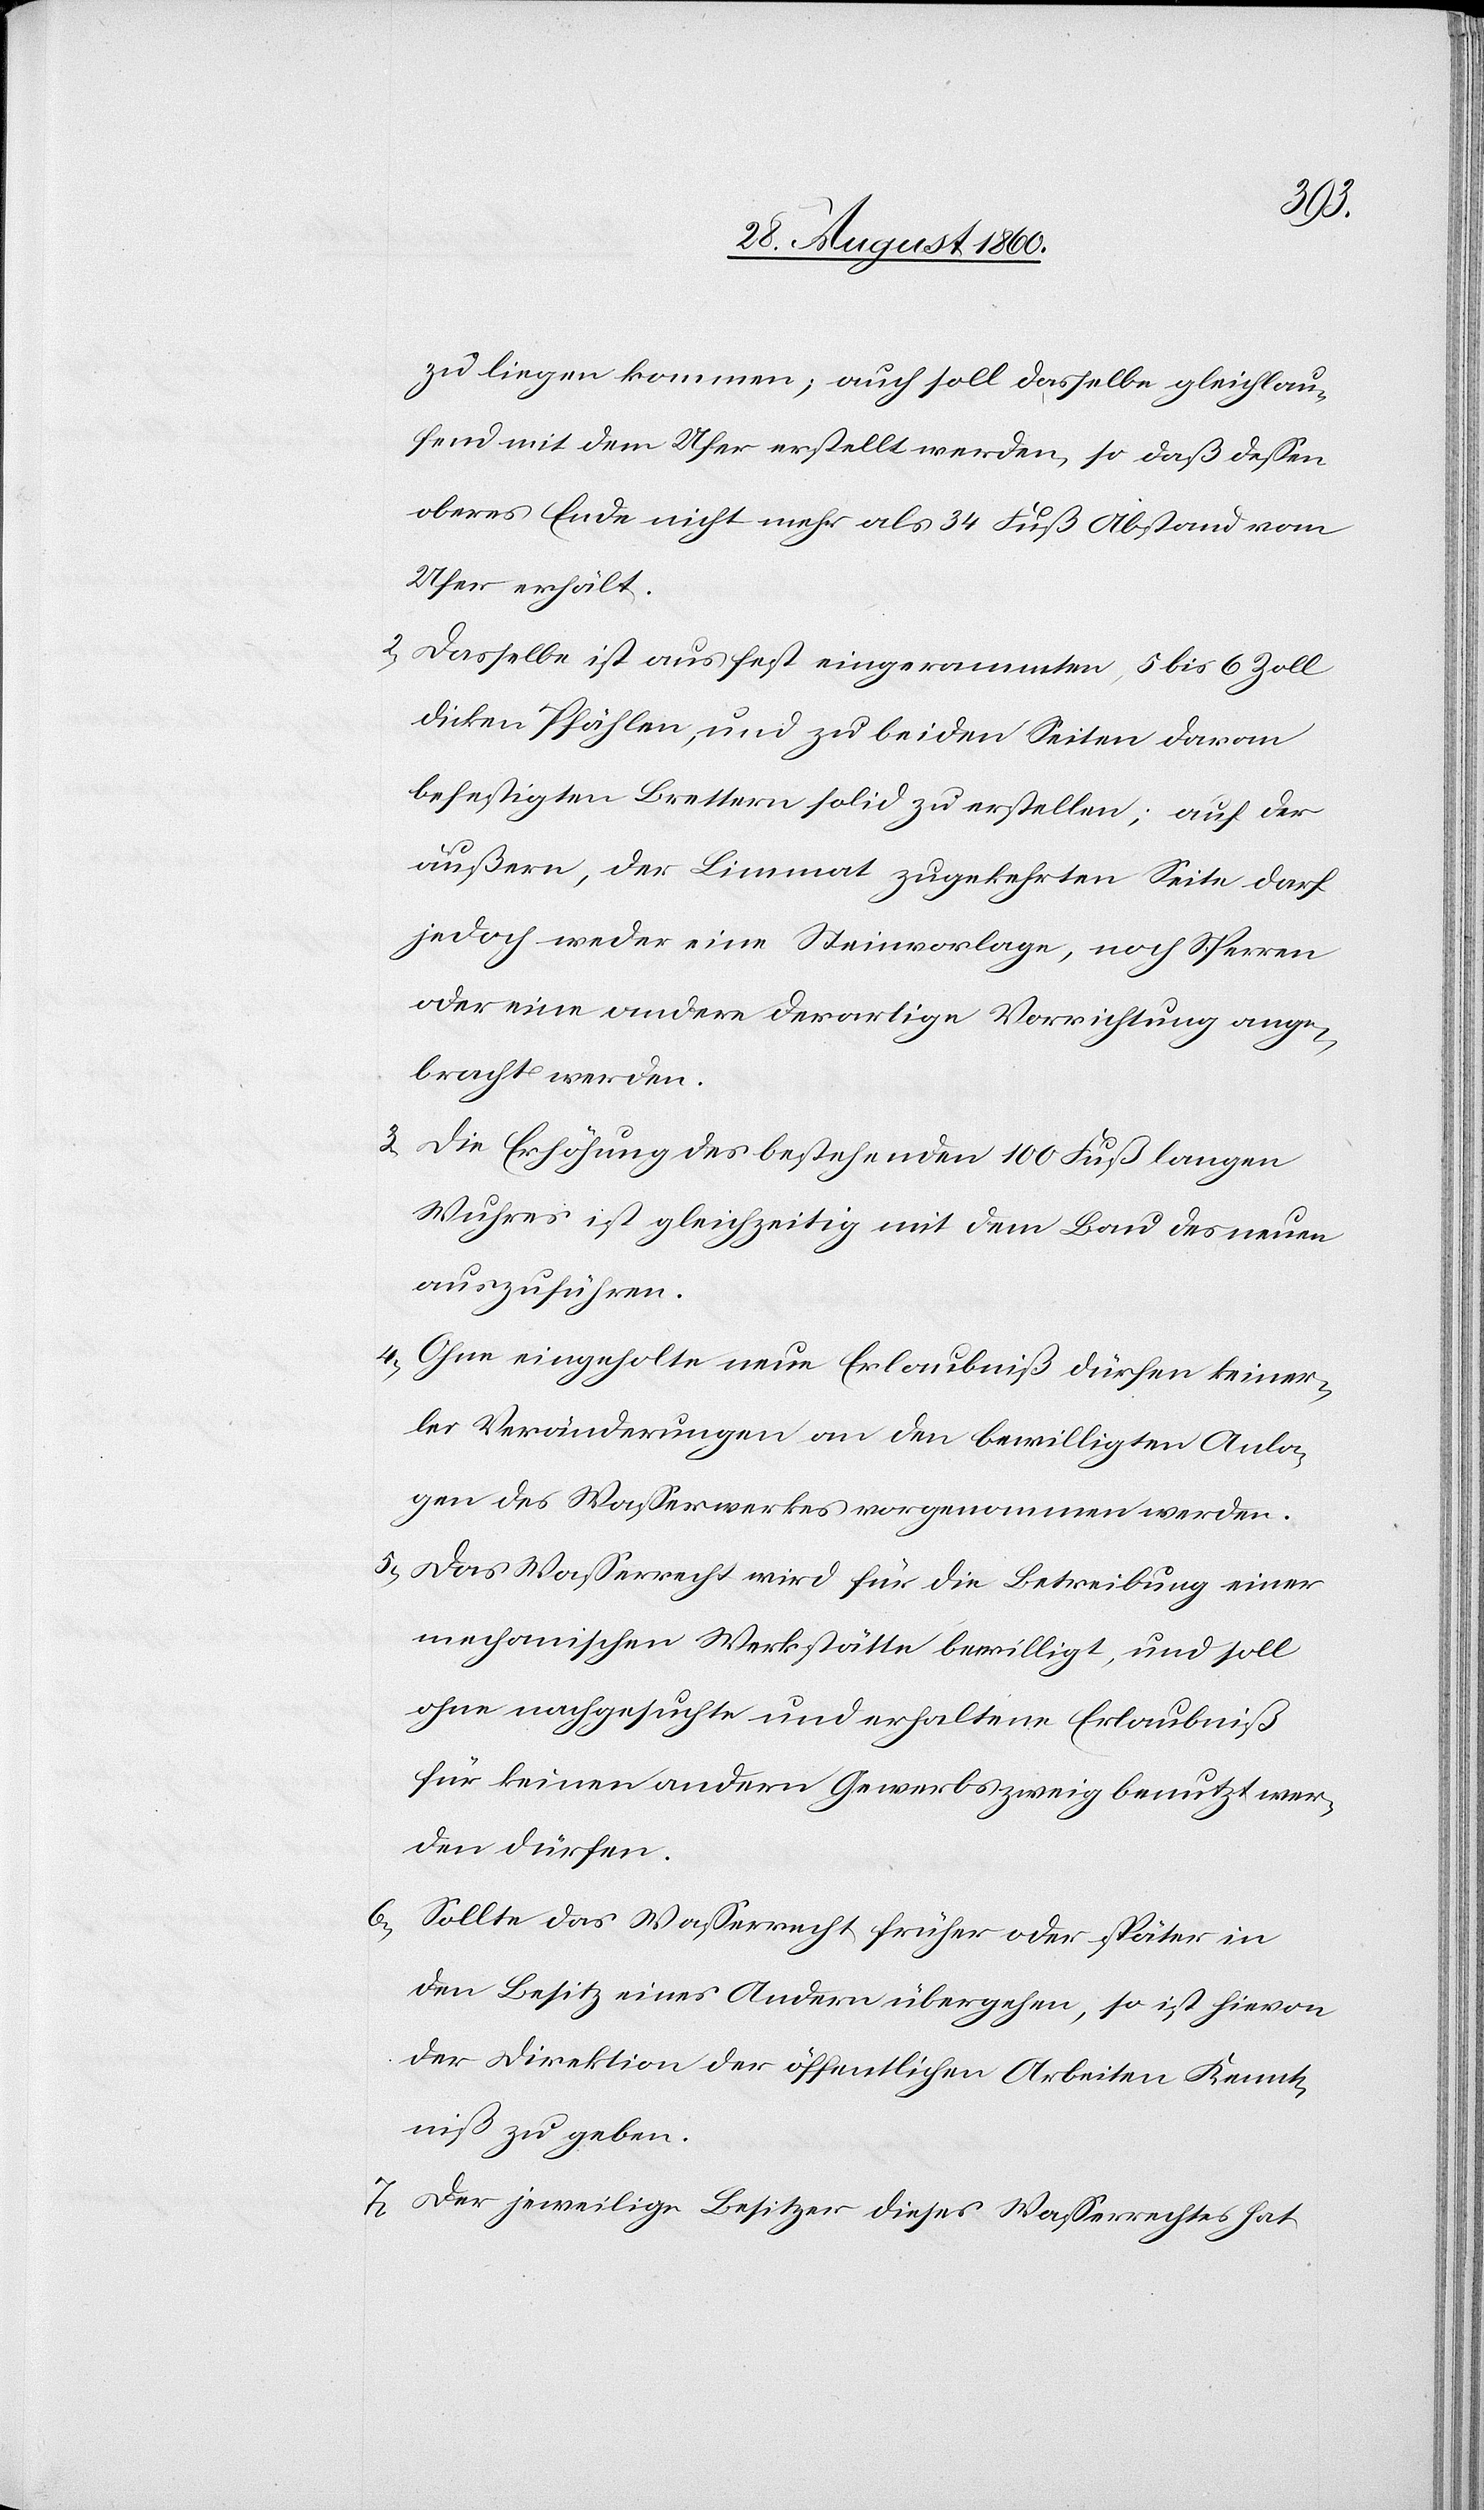
zu liegen kommen; auch soll dasselbe gleichlau¬
fend mit dem Ufer erstellt werden, so dass dessen
oberes Ende nicht mehr als 34 Fuss Abstand vom
Ufer erhält.
2) Dasselbe ist aus fest eingerammten, 5 bis 6 Zoll
dicken Pfählen, und zu beiden Seiten daran
befestigten Brettern solid zu erstellen; auf der
äussern, der Limmat zugekehrten Seite darf
jedoch weder eine Steinvorlage, noch Sporren
oder eine andere derartige Vorrichtung ange¬
bracht werden.
3) Die Erhöhung des bestehenden 100 Fuss langen
Wuhres ist gleichzeitig mit dem Bau des neuen
auszuführen.
4) Ohne eingeholte neue Erlaubniss dürfen keiner¬
lei Veränderungen an den bewilligten Anla¬
gen des Wasserwerkes vorgenommen werden.
5) Das Wasserrecht wird für die Betreibung einer
mechanischen Werkstätte bewilligt und soll
ohne nachgesuchte und erhaltene Erlaubniss
für keinen andern Gewerbszweig benutzt wer¬
den dürfen.
6) Sollte das Wasserrecht früher oder später in
den Besitz eines Andern übergehen, so ist hievon
der Direktion der öffentlichen Arbeiten Kennt¬
niss zu geben.
7) Der jeweilige Besitzer dieses Wasserrechtes hat